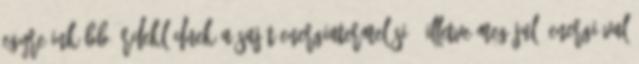
egyre inkább érdeklődnek a saját energiatermelési-, illetve megújuló energiával